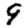
Digit: 9